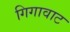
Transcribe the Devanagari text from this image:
गिगावाट